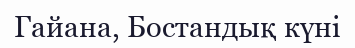
Гайана, Бостандық күнi